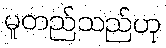
မူတည်သည်ဟု